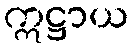
ဣဋ္ဌာယ